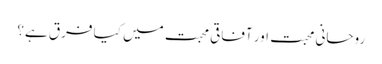
روحانی محبت اور آفاقی محبت میں کیا فرق ہے؟